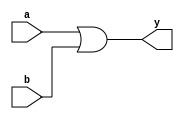
module orgate(a,b,y);
input a,b;
output y;
assign y = a | b;
endmodule